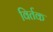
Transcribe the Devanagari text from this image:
विर्तक